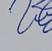
Signature authenticity: genuine